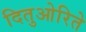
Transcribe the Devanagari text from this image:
दितुओरिते